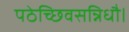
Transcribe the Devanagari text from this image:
पठेच्छिवसन्निधौ।